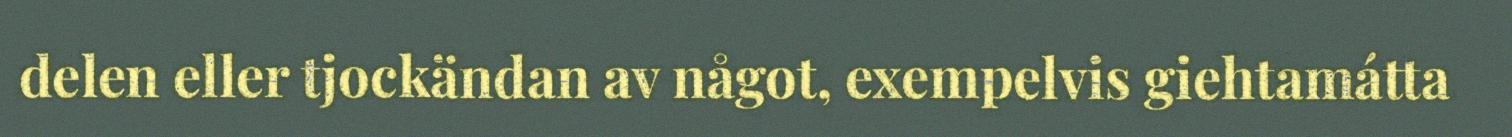
delen eller tjockändan av något, exempelvis giehtamátta